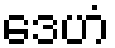
ဒေဟံ